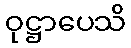
ဝုဋ္ဌာပေသိ